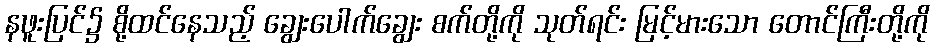
နဖူးပြင်၌ စို့ထင်နေသည့် ချွေးပေါက်ချွေး စက်တို့ကို သုတ်ရင်း မြင့်မားသော တောင်ကြီးတို့ကို